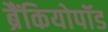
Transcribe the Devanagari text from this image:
ब्रैंकियोपॉड